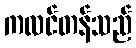
ကလင်တန်သည်